Report on vaccination in Madras 1895-1903 - 1895-1903
Year: 1895
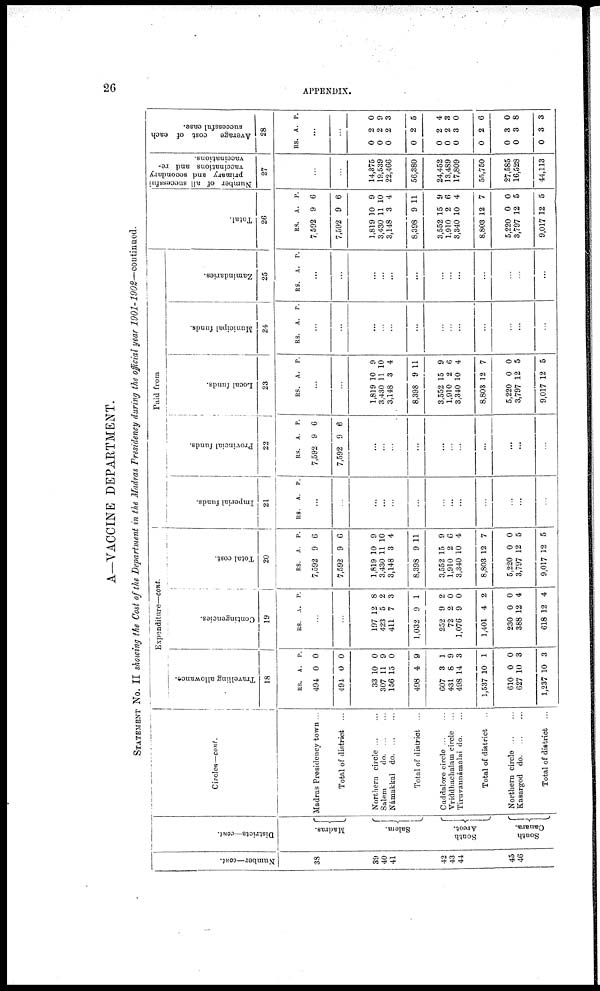
26
APPENDIX.
A—VACCINE DEPARTMENT.
STATEMENT NO. II showing the Cost of the Department in the Madras Presidency during the official year 1901-1902—continued.
Number—cont.
38
39
40
41
42
43
44
45
46
Districts—cont.
Madras.
Salem.
South
Arcot.
South
Canara.
Circles—cont.
Madras Presidency town ...
Total of district ...
Northern circle ... ...
Salem
do. ... ...
Námakkal
do. ... ...
Total of district ...
Cuddalore circle ... ...
Vriddhachalam circle ...
Tiruvannámalai do. ...
Total of district ...
Northern circle ... ...
Kasargod
do. ... ...
Total of district ...
Expenditure—cont.
Travelling allowance.
18
RS.
494
494
33
307
156
498
607
431
498
1,537
610
627
1,237
A.
0
0
10
11
15
4
3
8
14
10
0
10
10
P.
0
0
0
9
0
9
1
9
3
1
0
3
3
Contingencies.
19
RS. A. P.
...
...
197
423
411
1,032
252
72
1,076
1,401
230
388
618
12
5
7
9
9
2
9
4
0
12
12
8
2
3
1
2
0
0
2
0
4
4
Total cost.
20
RS.
7,592
7,592
1,819
3,430
3,148
8,398
3,552
1,910
3,340
8,803
5,220
3,797
9,017
A.
9
9
10
11
3
9
15
2
10
12
0
12
12
P.
6
6
9
10
4
11
9
6
4
7
0
5
5
Paid from
Imperial funds.
21
RS. A. P.
...
...
...
...
...
...
...
...
...
...
...
...
...
Provincial funds.
22
RS.
7,592
7,592
A.
9
9
P.
6
6
...
...
...
...
...
...
...
...
...
...
...
Local funds.
23
RS. A. P.
...
...
1,819
3,430
3,148
8,398
3,552
1,910
3,340
8,803
5,220
3,797
9,017
10
11
3
9
10
4
9 11
15
2
10
12
0
12
12
9
6
4
7
0
5
5
Municipal funds.
24
RS. A. P.
...
...
...
...
...
...
...
...
...
...
...
...
...
Zamindaries.
25
RS. A. P.
...
...
...
...
...
...
...
...
...
...
...
...
...
Total.
26
RS.
7,592
7,592
1,819
3,430
3,148
8,398
3,552
1,910
3,340
8,803
5,220
3,797
9,017
A.
9
9
10
11
3
9
15
2
10
12
0
12
12
P.
6
6
9
10
4
11
9
6
4
7
0
5
5
Number of all successful
primary and secondary
vaccinations and re-
vaccinations.
27
...
...
14,375
19,539
22,466
56,380
24,452
13,489
17,809
55,750
27,585
16,528
44,113
Average
cost of each
successful case.
28
RS. A. P.
...
...
0
0
0
0
0
0
0
0
0
0
0
2
2
2
2
2
2
3
2
3
3
3
0
9
3
5
4
3
0
6
0
8
3